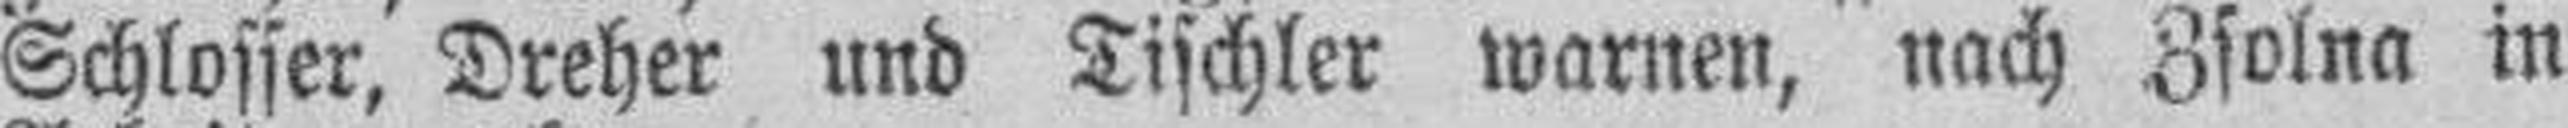
Schlosser, Dreher und Tischler warnen, nach Zsolna in